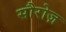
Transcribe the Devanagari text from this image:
सौरोज़